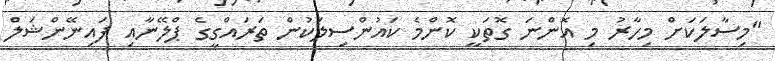
"މިސާލަކަށް މިހާރު މި އޮންނަ ގޮތަކީ ކޮންމެ ކައުންސިލަކުން ތަރައްގީގެ ޕްލޭނާއި ފައިނޭންޝަލް